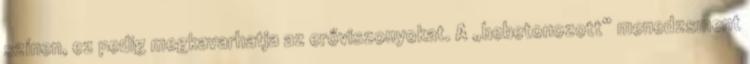
színen, ez pedig megkavarhatja az erőviszonyokat. A „bebetonozott” menedzsment